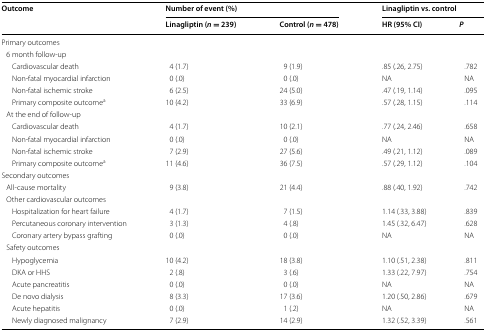
| <ROWSPAN=2> Outcome | <COLSPAN=2> Number of event (%) | <COLSPAN=2> Linagliptin vs. control |
 | Linagliptin (n = 239) | Control (n = 478) | HR (95% CI) | P |
 | --- | --- | --- | --- | --- |
 | <COLSPAN=5> Primary outcomes |
 | <COLSPAN=5> 6 month follow-up |
 | Cardiovascular death | 4 (1.7) | 9 (1.9) | .85 (.26, 2.75) | .782 |
 | Non-fatal myocardial infarction | 0 (.0) | 0 (.0) | NA | NA |
 | Non-fatal ischemic stroke | 6 (2.5) | 24 (5.0) | .47 (.19, 1.14) | .095 |
 | Primary composite outcomea | 10 (4.2) | 33 (6.9) | .57 (.28, 1.15) | .114 |
 | <COLSPAN=5> At the end of follow-up |
 | Cardiovascular death | 4 (1.7) | 10 (2.1) | .77 (.24, 2.46) | .658 |
 | Non-fatal myocardial infarction | 0 (.0) | 0 (.0) | NA | NA |
 | Non-fatal ischemic stroke | 7 (2.9) | 27 (5.6) | .49 (.21, 1.12) | .089 |
 | Primary composite outcomea | 11 (4.6) | 36 (7.5) | .57 (.29, 1.12) | .104 |
 | <COLSPAN=5> Secondary outcomes |
 | All-cause mortality | 9 (3.8) | 21 (4.4) | .88 (.40, 1.92) | .742 |
 | <COLSPAN=5> Other cardiovascular outcomes |
 | Hospitalization for heart failure | 4 (1.7) | 7 (1.5) | 1.14 (.33, 3.88) | .839 |
 | Percutaneous coronary intervention | 3 (1.3) | 4 (.8) | 1.45 (.32, 6.47) | .628 |
 | Coronary artery bypass grafting | 0 (.0) | 0 (.0) | NA | NA |
 | <COLSPAN=5> Safety outcomes |
 | Hypoglycemia | 10 (4.2) | 18 (3.8) | 1.10 (.51, 2.38) | .811 |
 | DKA or HHS | 2 (.8) | 3 (.6) | 1.33 (.22, 7.97) | .754 |
 | Acute pancreatitis | 0 (.0) | 0 (.0) | NA | NA |
 | De novo dialysis | 8 (3.3) | 17 (3.6) | 1.20 (.50, 2.86) | .679 |
 | Acute hepatitis | 0 (.0) | 1 (.2) | NA | NA |
 | Newly diagnosed malignancy | 7 (2.9) | 14 (2.9) | 1.32 (.52, 3.39) | .561 |